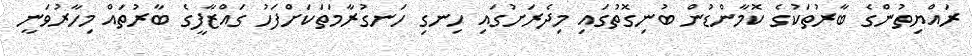
ރައްޔިތުންގެ ބާރުތަކުގެ ކޮމާންޑުން ބުނިގޮތުގައި މިދެރަށުގައި ހިނގި ހަނގުރާމަތަކަށްފަހު ގައްޒާފީގެ ބާރުތައް މިހާރުވަނީ